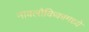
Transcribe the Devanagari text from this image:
नावलौकिकामध्ये